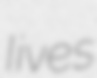
Iives